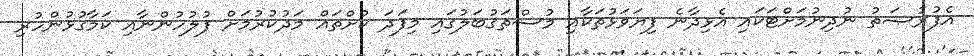
އެފުރުޞަތު ނުދިނުމަށްޓަކައި އެޅިދާނެ ފިޔަވަޅުތަކާއި މުސްތަޤުބަލުގައި މިފަދަ ކުށްތައް މަދުކުރުމަށް ފުލުހުންނާއި ކަމާގުޅުންހުރި